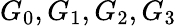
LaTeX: G_{0},G_{1},G_{2},G_{3}